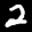
Label: 2